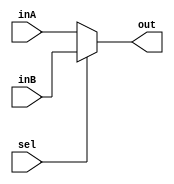
module Mux1Bit2To1(out, inA, inB, sel);

    output reg out;
    
    input inA;
    input inB;
    input sel;

    /* Fill in the implementation here ... */ 
    always @ (inA, inB, sel)
    begin
        if (sel == 0)
            out <= inA;
        else //if (sel == 1)
            out <= inB;
    end
endmodule